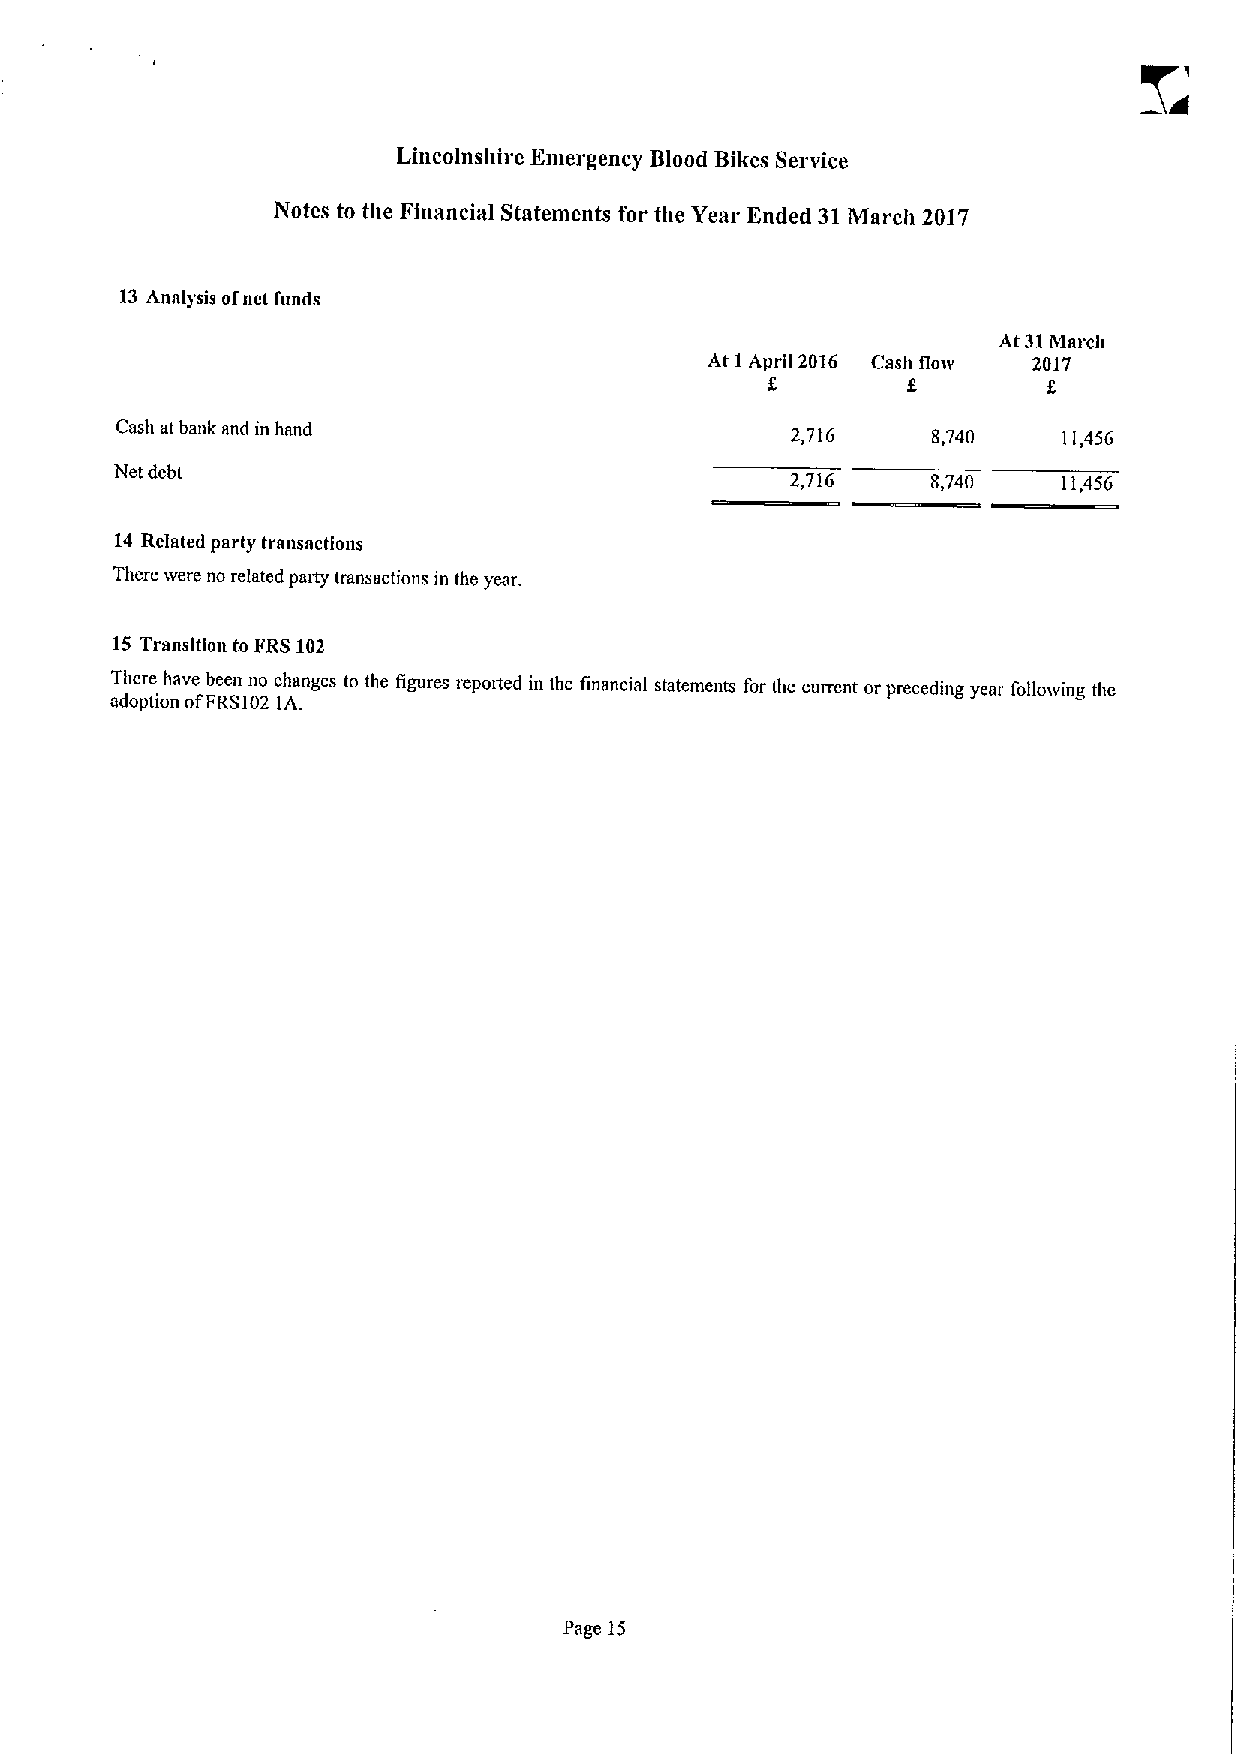
Lincolnshire Emergency Blood Bikes Service
 Notes to the Einancial Statements for the Year Ended 31March 2017
 13 Analysis ofnct funds
 At 31MArch
 At 1 April 2016 Cash flow 2017
 f        f        f
 Cash at bank and in hand                    2,716     8,740   11,456
 Net debt
 2,716     8,740   11,456
 14 Related party transactions
 There were no related pantsy transactions in the year.
 15 Transition to FRS102
 There have been no changes to the figures reported in the financial statements for the current or preceding year following the
 adoption ofFRS102 1A.
 Page 15